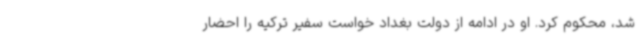
شد، محکوم کرد. او در ادامه از دولت بغداد خواست سفیر ترکیه را احضار